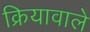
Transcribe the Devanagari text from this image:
क्रियावाले